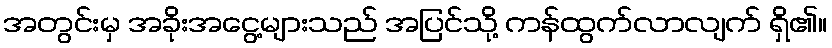
အတွင်းမှ အခိုးအငွေ့များသည် အပြင်သို့ ကန်ထွက်လာလျက် ရှိ၏။